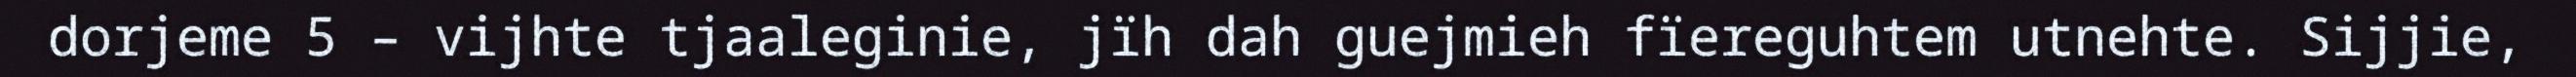
dorjeme 5 – vijhte tjaaleginie, jïh dah guejmieh fïereguhtem utnehte. Sijjie,